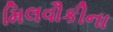
મિલવૌકીના